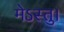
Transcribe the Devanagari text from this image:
मेऽस्तु।